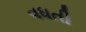
વધતી